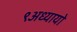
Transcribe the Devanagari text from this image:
९अध्यायों